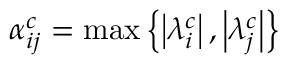
\alpha _ { i j } ^ { c } = \operatorname* { m a x } \left\lbrace \left| \lambda _ { i } ^ { c } \right| , \left| \lambda _ { j } ^ { c } \right| \right\rbrace